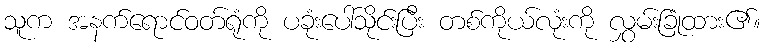
သူက အနက်ရောင်ဝတ်ရုံကို ပခုံးပေါ်သိုင်းပြီး တစ်ကိုယ်လုံးကို လွှမ်းခြုံထား၏။